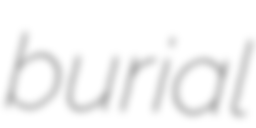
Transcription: burial